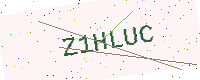
Text: Z1HLUC